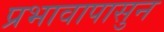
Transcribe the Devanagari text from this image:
प्रभावापासुन